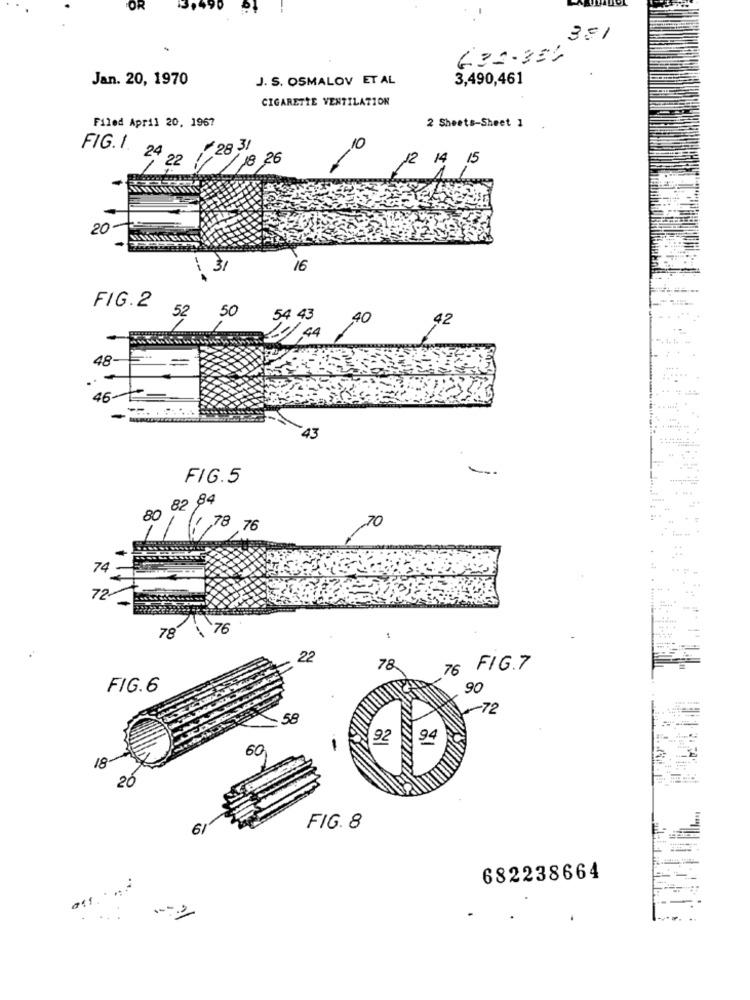
301
632-35)
Jan. 20, 1970
J. S. OSMALOV ET AL
3,490,461
CIGARETTE VENTILATION
Filed April 20, 1967
2 Sheets-Sheet 1
28 31
FIG. 1. 2400
22
8 26
12 14 15
20-
16
FIG.2
52
50
54 43
40
42
11/ 44
48
46-
-
43
FIG. 5
82 84
80
70
(1 ,78 76
74
72
-
78 \ 76
1
22
78
76
FIG. 7
FIG.6
90
-72
58
92
94
60
1
18
20
6
FIG. 8
682238664